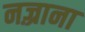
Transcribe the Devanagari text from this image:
नज़्राना